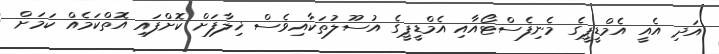
އަދި އެއީ އެމްޑީޕީގެ މެނިފެސްޓޯއާއި އެމްޑީޕީގެ އުސޫލުތަކާއިވެސް ޚިލާފަށް ކޮށްފައި އޮތްކަމެއް ކަމަށް